system: You are a helpful assistant.
user:
Analyze the provided spectrum to determine if it is a **"Cataclysmic Variables (CV)"**.

- **Key Indicators for CV (Check for either state):**
    - **State 1: Quiescent / Low-State (Emission-Dominated)**
        - **(Primary):** Strong and *very broad* Hydrogen Balmer emission lines (e.g., $H\alpha$ at 6563 Å, $H\beta$ at 4861 Å). The 'broadness' (high velocity dispersion, often FWHM > 1000 km/s) is the key diagnostic, indicating a high-velocity accretion disk.
        - **(Secondary):** Broad neutral Helium (He I) emission lines (e.g., 5876 Å, 6678 Å).
        - **(Key Confirmation):** Presence of high-excitation *ionized* Helium (He II) emission at 4686 Å. This is a strong indicator of accretion onto a white dwarf.
        - **(Line Profile):** Emission lines may exhibit a 'double-peaked' profile, which is a classic signature of a rotating accretion disk viewed at high inclination.

    - **State 2: Outburst / High-State (Absorption-Dominated)**
        - **(Primary):** Spectrum is dominated by a bright, blue continuum (looks like a hot star).
        - **(Secondary):** The emission lines from State 1 are weak, absent, or 'filled in', and are replaced by broad, shallow *absorption* lines (primarily Balmer and He I).
        - **(Morphology):** The overall spectrum mimics a hot B/A-type star. The crucial difference is that the absorption lines are significantly broader, shallower, and more 'washed-out' (or 'smeared') than the sharp lines of a normal stellar photosphere, due to high rotational speeds and pressure broadening in the disk.

Think first, call **spectral_visualization_tool** if needed to examine features in detail, then provide your final answer. Your response must adhere to the following strict rules:
1.  **Overall Structure:** Your response must follow the format `<think>...</think> <tool_call>...</tool_call> (if a tool is used) <answer>...</answer>`.
2.  **Tool Usage Constraint:** You may only make **one** tool call per turn.
3.  **Final Answer Format:** In the `<answer>` tag, your conclusion must be inside a `\boxed{}` command (e.g., `\boxed{YES}`), followed by your justification.

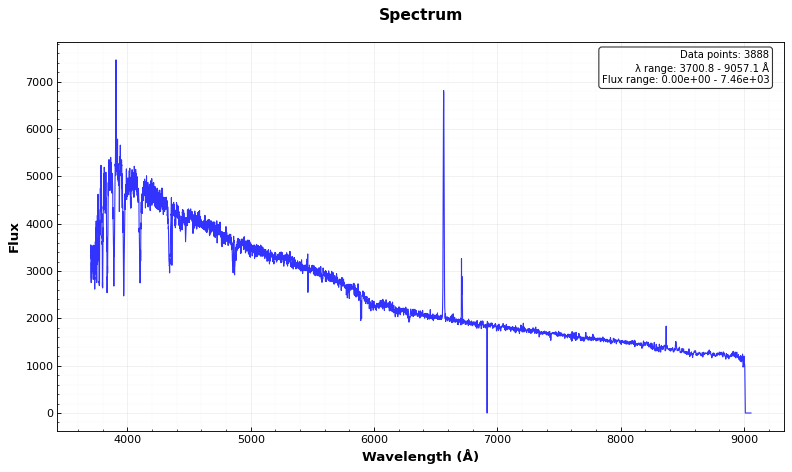
Answer: NO